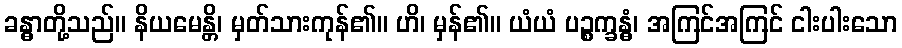
ခန္ဓာတို့သည်။ နိယမေန္တိ၊ မှတ်သားကုန်၏။ ဟိ၊ မှန်၏။ ယံယံ ပဉ္စက္ခန္ဓံ၊ အကြင်အကြင် ငါးပါးသော